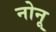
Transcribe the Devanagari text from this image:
नोनू